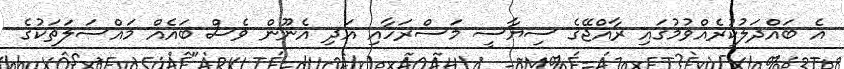
އެ ބައްދަލުކުރެއްވުމުގައި ރާއްޖޭގެ ސިޔާސީ މަސްރަހާއި އަދި އެނޫން ވެސް ބައެއް މައްސަލަތަކުގެ